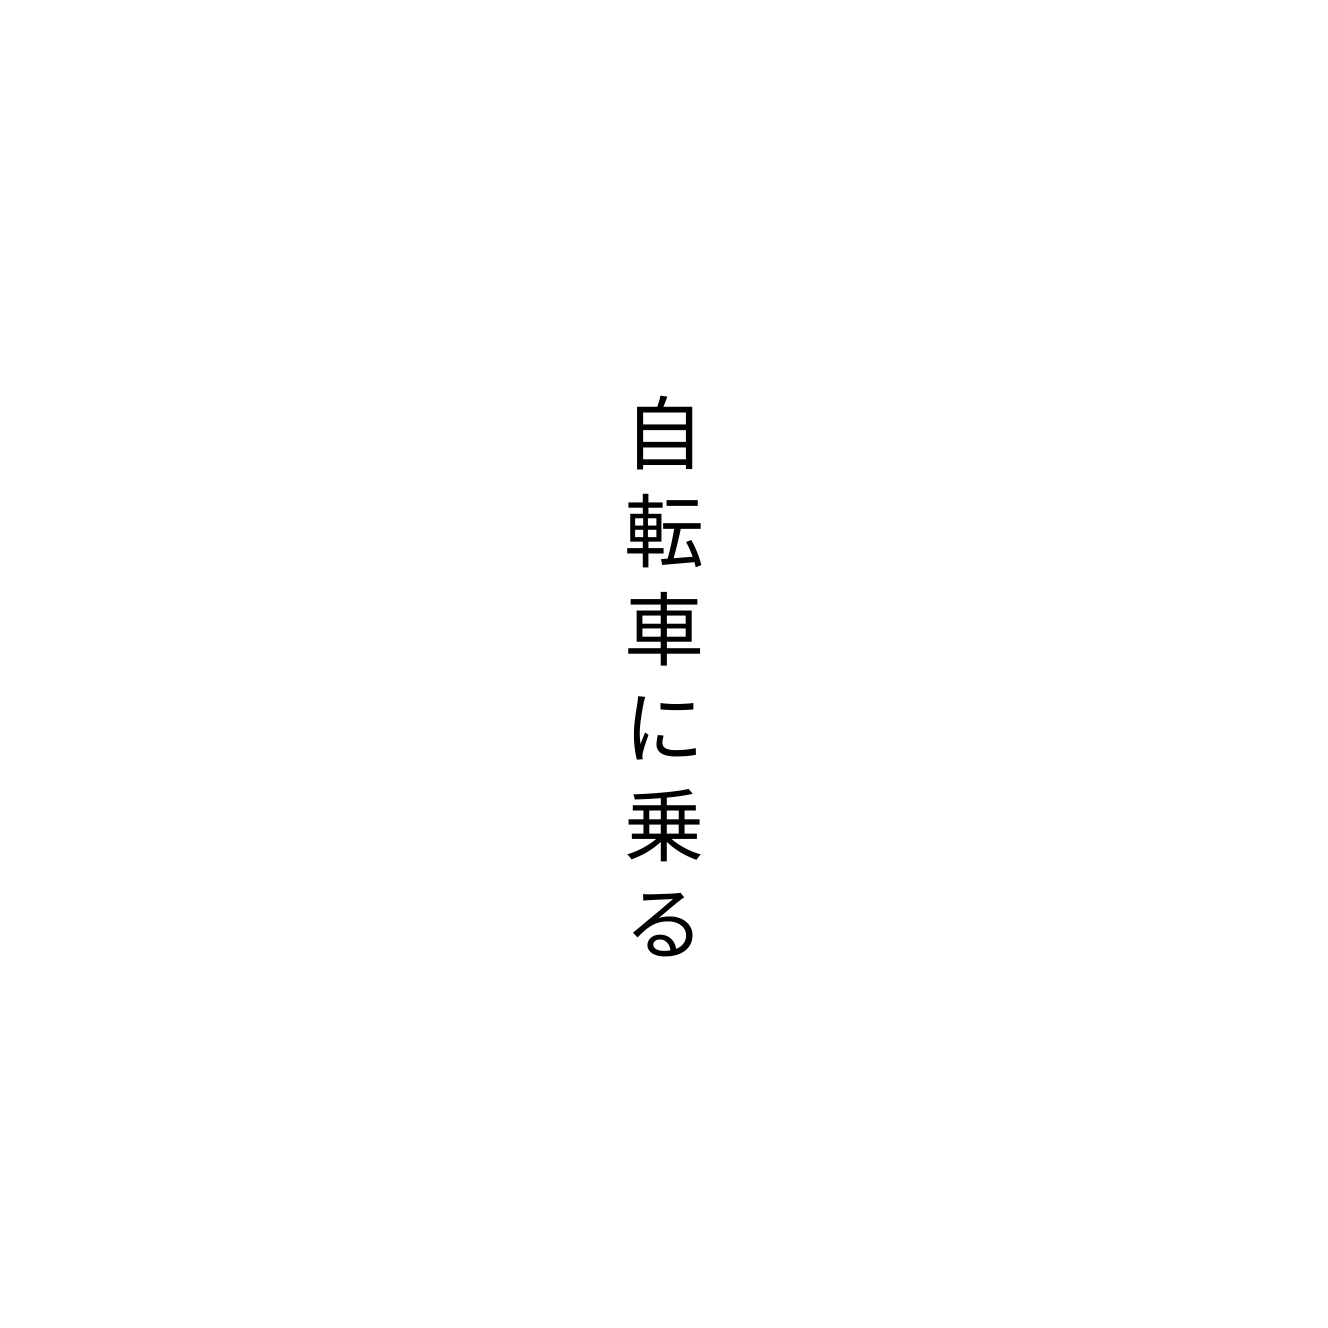
自転車に乗る